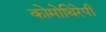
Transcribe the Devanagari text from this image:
कोमोथिरेपी